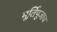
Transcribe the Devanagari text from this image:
मूर्तिपूजाच